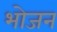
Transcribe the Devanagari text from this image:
भाेजन